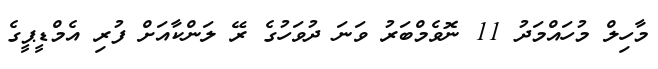
މާހިލް މުހައްމަދު 11 ނޮވެމްބަރު ވަނަ ދުވަހުގެ ރޭ ލަންކާއަށް ފުރި އެމްޑީޕީގެ